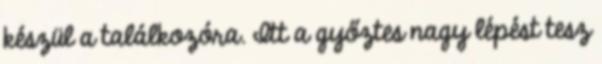
készül a találkozóra. Itt a győztes nagy lépést tesz